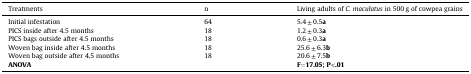
<table><thead><tr><td><b>Treatments</b></td><td><b>n</b></td><td><b>Living adults of <i>C. maculatus</i> in 500 g of cowpea grains</b></td></tr></thead><tbody><tr><td>Initial infestation</td><td>64</td><td>5.4 ± 0.5<b>a</b></td></tr><tr><td>PICS inside after 4.5 months</td><td>18</td><td>1.2 ± 0.3<b>a</b></td></tr><tr><td>PICS bags outside after 4.5 months</td><td>18</td><td>0.6 ± 0.3<b>a</b></td></tr><tr><td>Woven bag inside after 4.5 months</td><td>18</td><td>25.6 ± 6.3<b>b</b></td></tr><tr><td>Woven bag outside after 4.5 months</td><td>18</td><td>20.6 ± 7.5<b>b</b></td></tr><tr><td><b>ANOVA</b></td><td></td><td><b>F</b>=<b>17.05; P</b>&lt;<b>.01</b></td></tr></tbody></table>